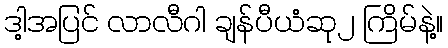
ဒါ့အပြင် လာလီဂါ ချန်ပီယံဆု၂ ကြိမ်နဲ့။